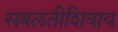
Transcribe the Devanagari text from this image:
सवलतीशिवाय